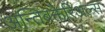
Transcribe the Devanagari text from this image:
अन्तिबक्तेरिअल्स